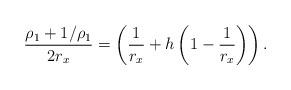
LaTeX: \begin{align*}\frac{\rho_1+1/\rho_1}{2 r_x} = \left( \frac{1}{r_x} + h\left(1 - \frac{1}{r_x}\right)\right). \end{align*}